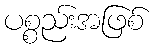
ပစ္စည်းအဖြစ်